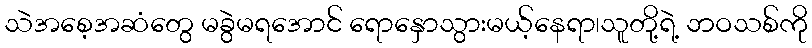
သဲအစေ့အဆံတွေ မခွဲမရအောင် ရောနှောသွားမယ့်နေရာ၊သူတို့ရဲ့ ဘဝသစ်ကို